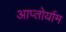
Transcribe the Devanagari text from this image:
आप्‍तोर्याम